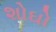
શોઘો